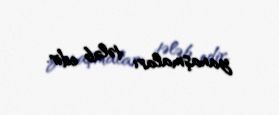
yanaşmaları tələb edir.